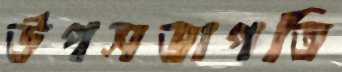
উপসভাপতি